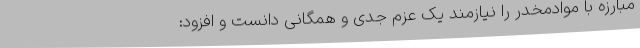
مبارزه با موادمخدر را نیازمند یک عزم جدی و همگانی دانست و افزود: